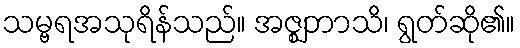
သမ္ဗရအသုရိန်သည်။ အဇ္ဈဘာသိ၊ ရွတ်ဆို၏။